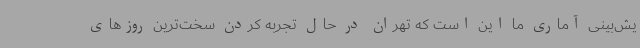
یش‌بینی آماری ما این است که تهران در حال تجربه کردن سخت‌ترین روزهای